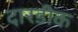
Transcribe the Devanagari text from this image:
दारडीक